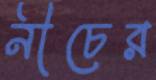
নীচের